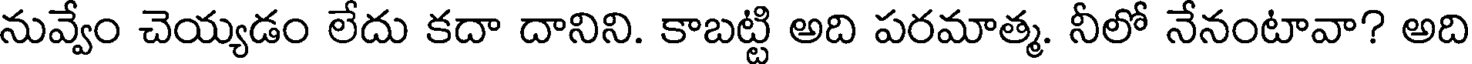
నువ్వేం చెయ్యడం లేదు కదా దానిని. కాబట్టి అది పరమాత్మ. నీలో నేనంటావా? అది